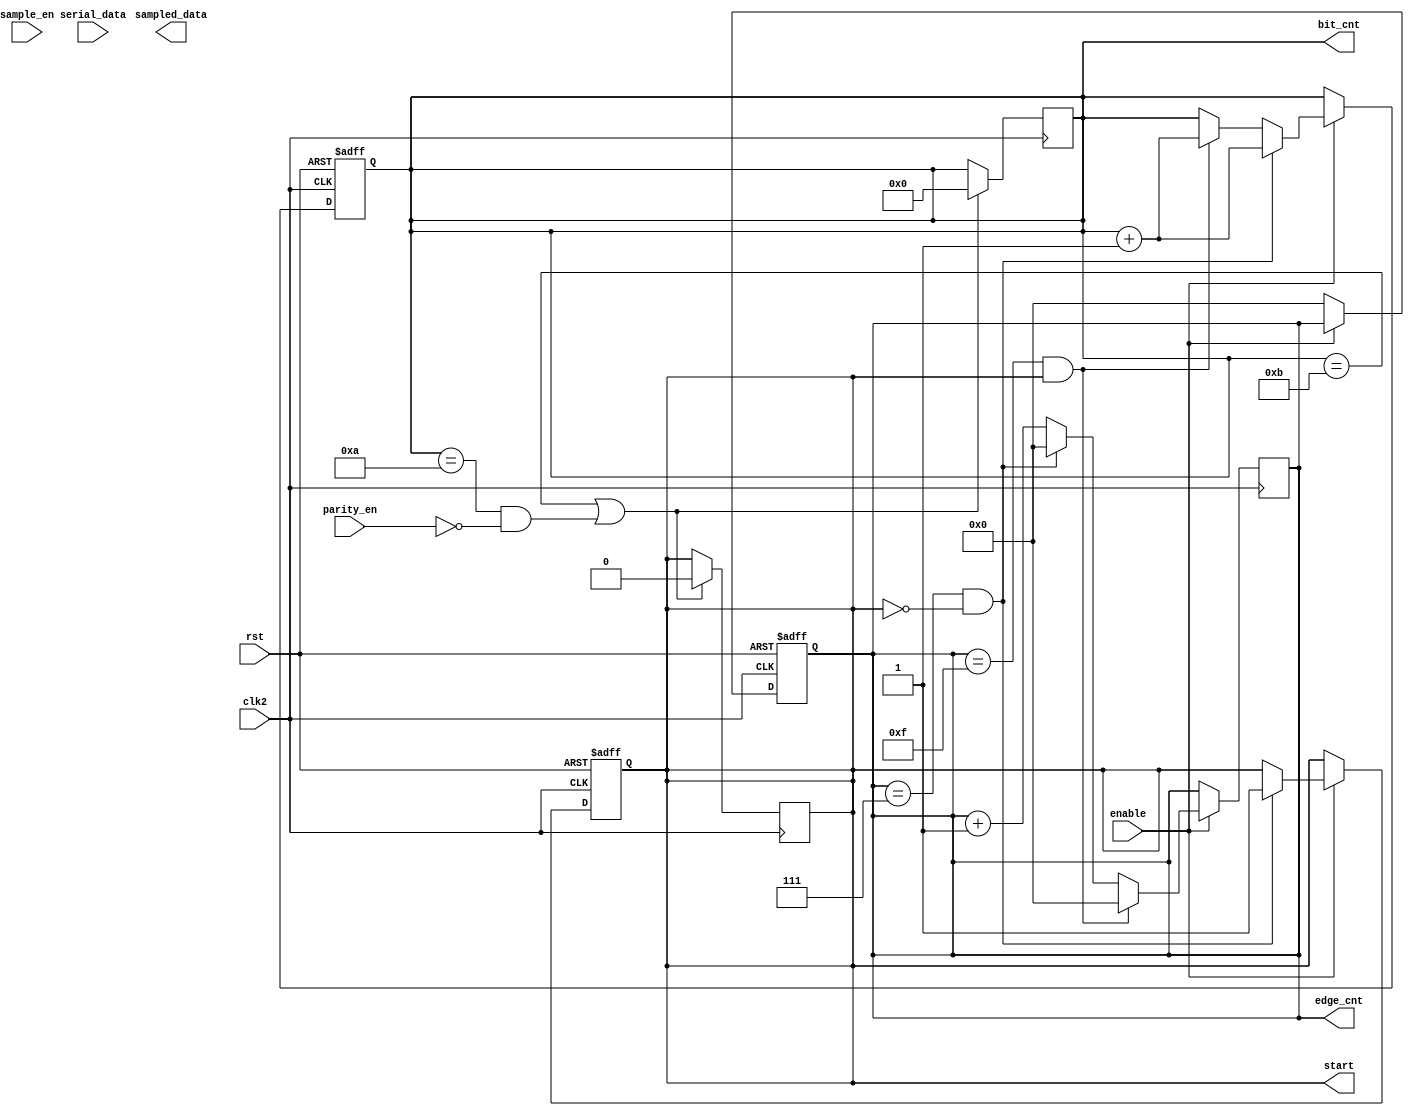
module edge_counter
     # (parameter prescaler = 16)
    (
    input serial_data,
    input sample_en,
    input clk2,
    input rst,
    input parity_en,
    input enable,
    output reg [3:0] bit_cnt,
    output reg sampled_data,
    output reg [4:0] edge_cnt,
    output start
    );
    reg start;
   always @(posedge clk2 or negedge rst) begin
        if(!rst) begin
            edge_cnt<=0;
            bit_cnt <=0;
            start <=0;
        end
        else begin
            if(enable) begin
                
                if(((edge_cnt == (prescaler >>1)-1)) && (start ==0) ) begin
                    start <=1;
                    bit_cnt <= bit_cnt+1;
                end
                else if ((edge_cnt == prescaler-1)  && (start == 1)) begin
                    bit_cnt <= bit_cnt+1;
                end
            end
            else
                edge_cnt<=0;
            end
        end
        
    
   always @(posedge clk2 ) begin
        if(enable) begin
            edge_cnt<=edge_cnt +1;
            if(((edge_cnt == (prescaler >>1)-1)) && (start ==0) ) begin
                edge_cnt<=0;
            end
            if ((edge_cnt == prescaler-1)  && (start == 1)) begin
                 edge_cnt<=0;
            end
        end
   end
   /*Restart the whole process after receiveing the stop bit*/
   always @(posedge clk2 ) begin
        if(bit_cnt =='hb || (bit_cnt =='ha && !parity_en)) begin
            start <=0;
            bit_cnt<=0;
        end
   end
  
    
endmodule